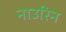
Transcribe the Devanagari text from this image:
नाउरिन